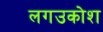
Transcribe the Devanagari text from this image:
लगउकोश